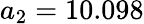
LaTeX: a_{2}=10.098